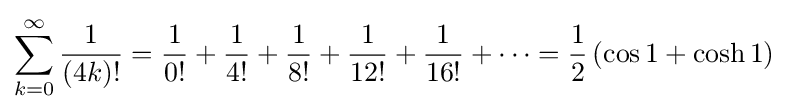
\sum _{k=0}^{\infty }{\frac {1}{(4k)!}}={\frac {1}{0!}}+{\frac {1}{4!}}+{\frac {1}{8!}}+{\frac {1}{12!}}+{\frac {1}{16!}}+\cdots ={\frac {1}{2}}\left(\cos 1+\cosh 1\right)